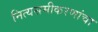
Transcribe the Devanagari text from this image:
नित्यसमीकरणांचा